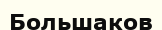
Большаков